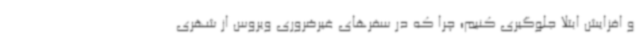
و افزایش ابتلا جلوگیری کنیم؛ چرا که در سفرهای غیرضروری ویروس از شهری